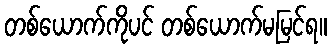
တစ်ယောက်ကိုပင် တစ်ယောက်မမြင်ရ။